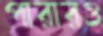
পারারও